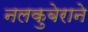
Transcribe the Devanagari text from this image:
नलकुबेराने